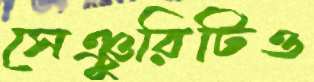
সেঞ্চুরিটিও